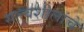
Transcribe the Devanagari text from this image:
सत्त्वशीलांचे